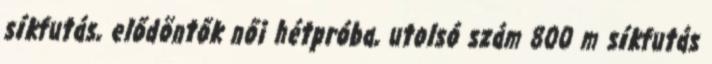
síkfutás, elődöntők női hétpróba, utolsó szám 800 m síkfutás